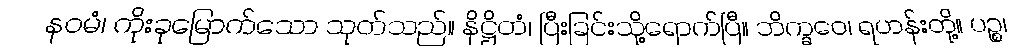
နဝမံ၊ ကိုးခုမြောက်သော သုတ်သည်။ နိဋ္ဌိတံ၊ ပြီးခြင်းသို့ရောက်ပြီ။ ဘိက္ခဝေ၊ ရဟန်းတို့။ ပဉ္စ၊